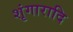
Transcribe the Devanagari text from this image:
शृंगारादि